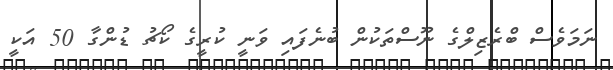
ނަމަވެސް ބްރެޒިލްގެ ނޫސްތަކުން ބުނެފައި ވަނީ ކުރީގެ ކޯޗު ޑުންގާ 50 އަކީ